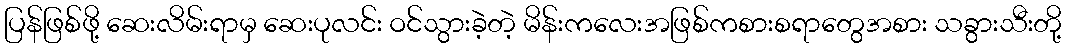
ပြန်ဖြစ်ဖို့ ဆေးလိမ်းရာမှ ဆေးပုလင်း ဝင်သွားခဲ့တဲ့ မိန်းကလေးအဖြစ်ကစားစရာတွေအစား သခွားသီးတို့